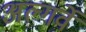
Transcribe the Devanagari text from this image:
अल्गर्वे